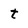
Character: t